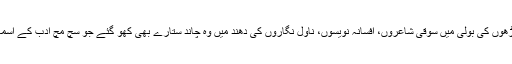
سستے بازارو، زیادہ لکھے پڑھوں کی بولی میں سوقی شاعروں، افسانہ نویسوں، ناول نگاروں کی دھند میں وہ چاند ستارے بھی کھو گئے جو سچ مچ ادب کے آسمان پر مدتوں جگمگاتے رہتے۔